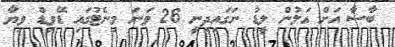
ބާސާ އަށް އަލުން ލީޑު ނަގައިދިނީ 26 ވަނަ މިނެޓުގައި ޑޭވިޑް ވިޔާ